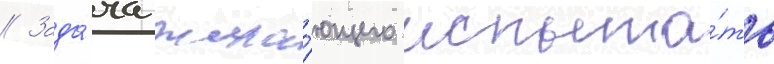
// Зада́ча жела́ющего испыта́ть